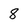
Character: 8